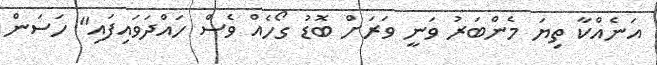
އަނެއްކާ ތިޔަ މެންބަރު ވަނީ ވަރަށް ބޮޑު ގޯހެއް ވެސް ހައްދަވައިފައި" ހަސަން